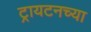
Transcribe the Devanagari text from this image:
ट्रायटनच्या